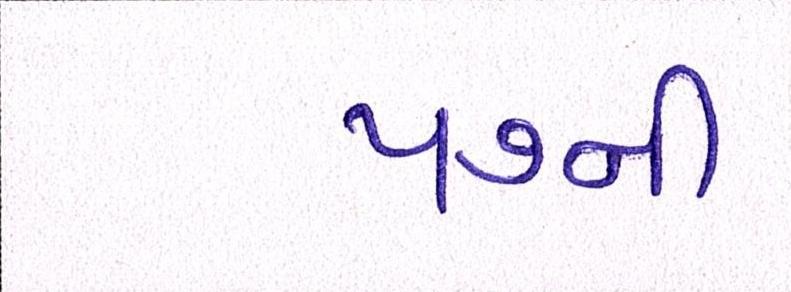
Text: ૫૭ની